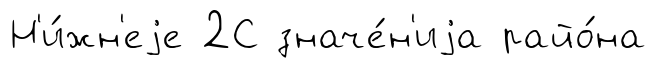
Н'и́жн'еjе 2С значе́н'иjа райо́на